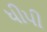
ધીપી